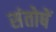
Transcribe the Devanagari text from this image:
संतोषें